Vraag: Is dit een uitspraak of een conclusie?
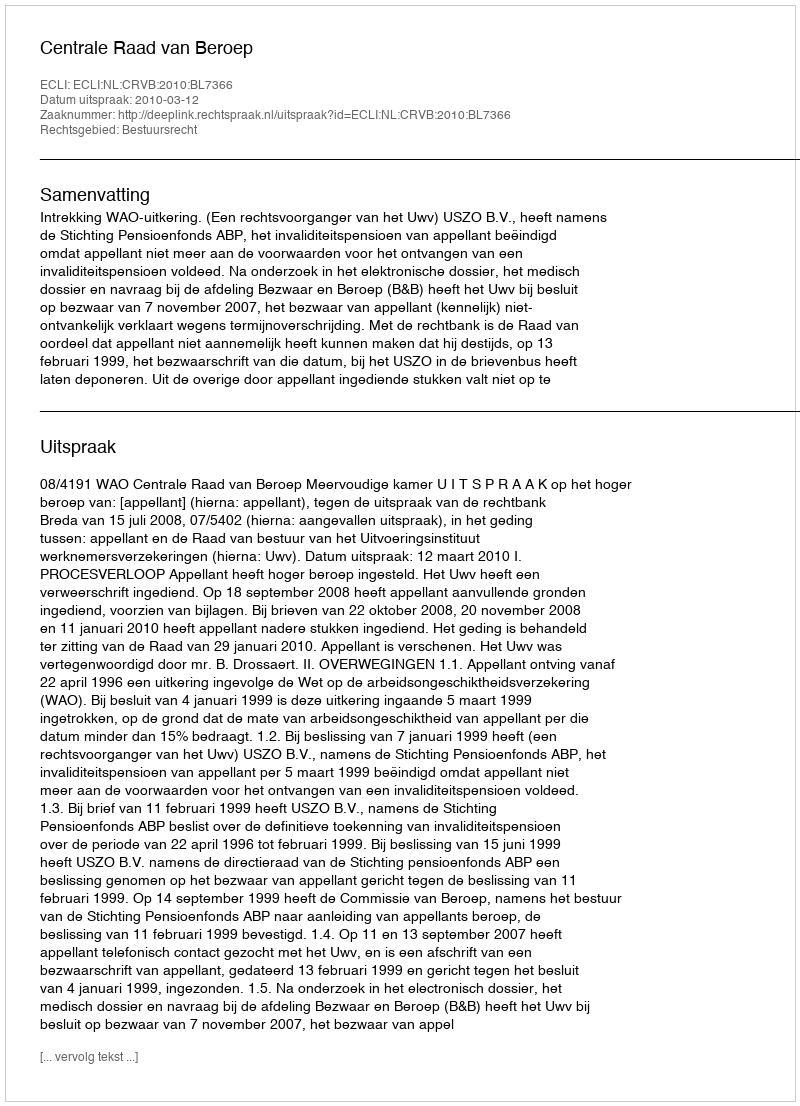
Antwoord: Uitspraak